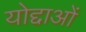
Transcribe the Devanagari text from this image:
योद्दाओं